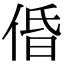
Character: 𠉣